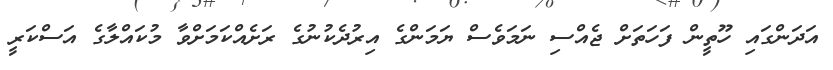
އަދަންގައި ހޫތީން ފަހަތަށް ޖެއްސި ނަމަވެސް ޔަމަންގެ އިރުދެކުނުގެ ރަށެއްކަމަށްވާ މުކައްލާގެ އަސްކަރީ